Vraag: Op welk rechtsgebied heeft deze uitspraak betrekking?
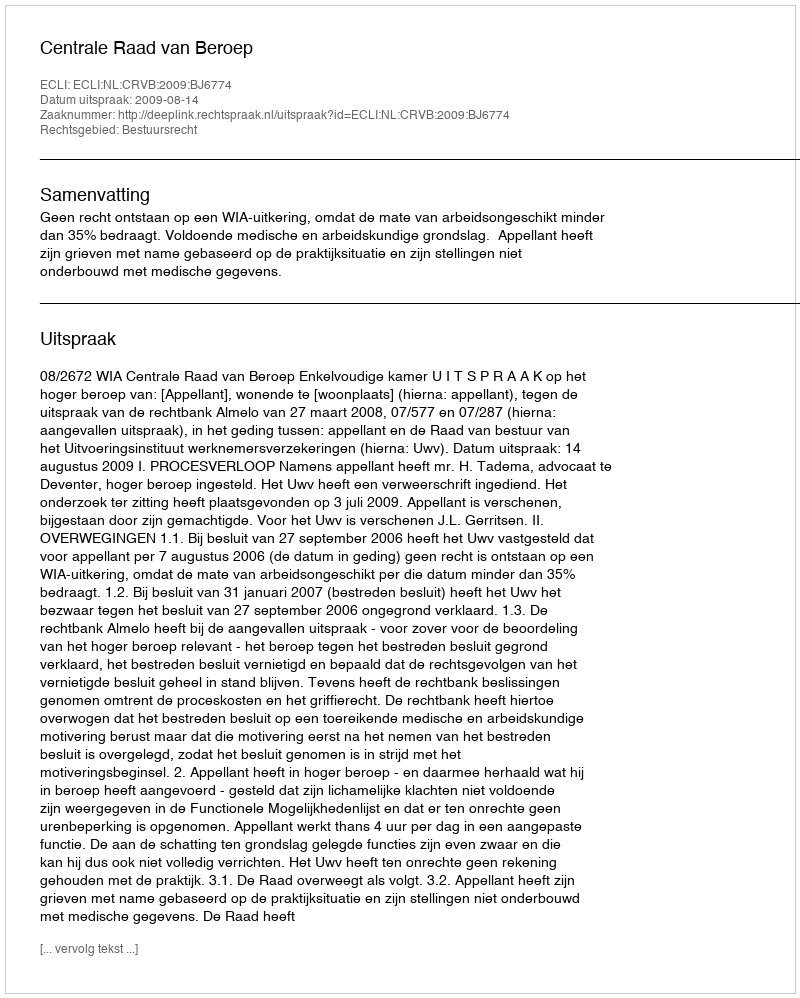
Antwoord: Bestuursrecht